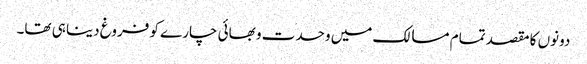
دونوں کا مقصد تمام مسالک میں وحدت و بھائی چارے کو فروغ دینا ہی تھا۔